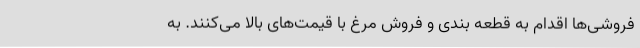
فروشی‌ها اقدام به قطعه بندی و فروش مرغ با قیمت‌های بالا می‌کنند. به